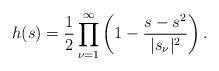
LaTeX: \begin{align*}h(s)=\frac{1}{2}\prod_{\nu=1}^\infty\left(1-\frac{s-s^2}{|s_\nu|^2}\right).\end{align*}